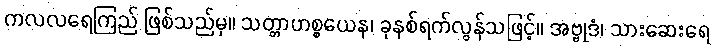
ကလလရေကြည် ဖြစ်သည်မှ။ သတ္တာဟစ္စယေန၊ ခုနစ်ရက်လွန်သဖြင့်။ အဗ္ဗုဒံ၊ သားဆေးရေ